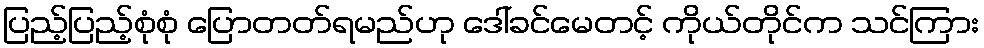
ပြည့်ပြည့်စုံစုံ ပြောတတ်ရမည်ဟု ဒေါ်ခင်မေတင့် ကိုယ်တိုင်က သင်ကြား